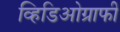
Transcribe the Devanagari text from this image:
व्हिडिओग्राफी